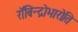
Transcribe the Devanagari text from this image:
रॉबिन्द्रोभारोति